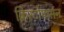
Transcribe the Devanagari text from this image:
क्रिस्टोफर्सन